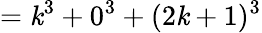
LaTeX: =\mathit{k}^{3}+0^{3}+(2\mathit{k}+1)^{3}